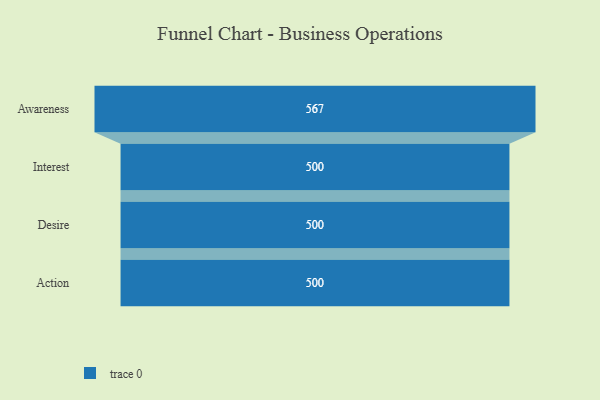
{"axis": {"x": "Stage", "y": "Value"}, "legend": [""], "data": [{"x": "Awareness", "y": 567.0, "type": ""}, {"x": "Interest", "y": 500, "type": ""}, {"x": "Desire", "y": 500, "type": ""}, {"x": "Action", "y": 500, "type": ""}]}